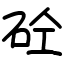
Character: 砼